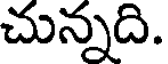
చున్నది.